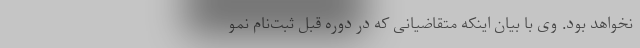
نخواهد بود. وی با بیان اینکه متقاضیانی که در دوره قبل ثبت‌نام نمو